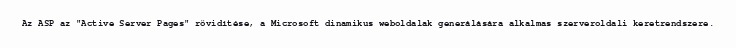
Az ASP az "Active Server Pages" rövidítése, a Microsoft dinamikus weboldalak generálására alkalmas szerveroldali keretrendszere.